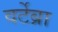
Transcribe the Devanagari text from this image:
वर्टेब्रा